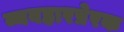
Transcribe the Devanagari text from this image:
व्यवहारप्रेरक